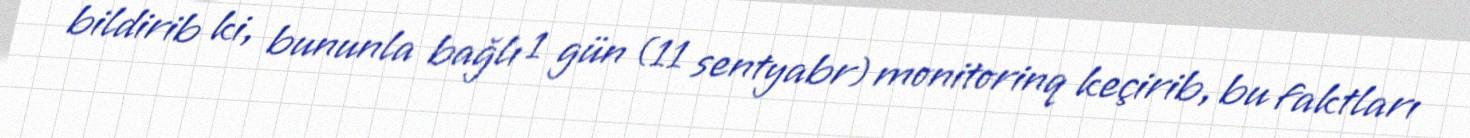
bildirib ki, bununla bağlı 1 gün (11 sentyabr) monitorinq keçirib, bu faktları